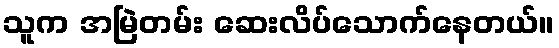
သူက အမြဲတမ်း ဆေးလိပ်သောက်နေတယ်။